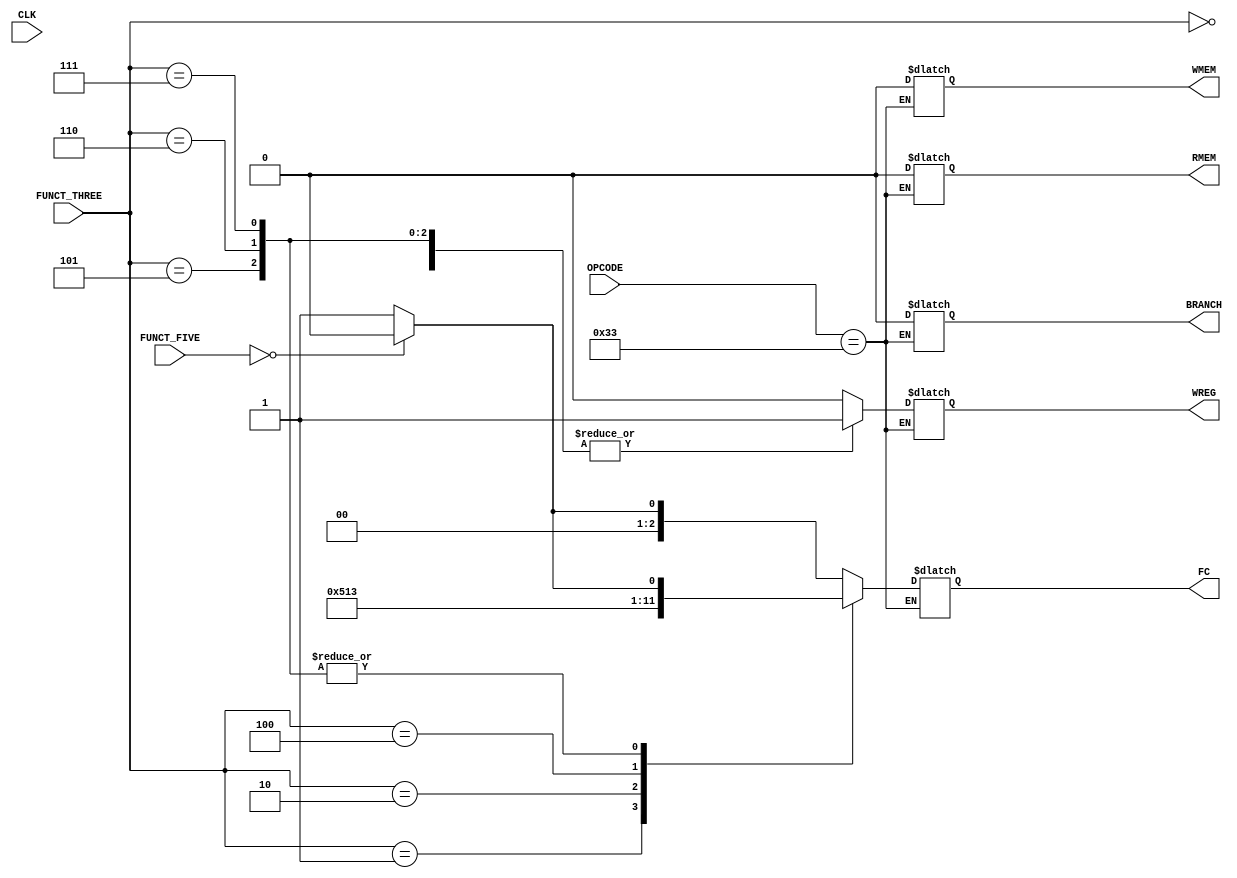
module decoder(CLK, OPCODE, FUNCT_FIVE, FUNCT_THREE, FC, WREG, WMEM, RMEM, BRANCH);
    input CLK;
    input [6:0] OPCODE;
    input [4:0] FUNCT_FIVE;
    input [2:0] FUNCT_THREE;

    output reg [2:0] FC;
    output reg WREG; // write to register
    output reg WMEM; // write to memory
    output reg RMEM; // read to memory
    output reg BRANCH; // 1 if branch, 0 if no branch

    always @ (*) begin
        case (OPCODE)
            7'b0110011: begin
                case (FUNCT_THREE)
                    3'b000: begin
                        FC = (FUNCT_FIVE == 5'b00000) ? 000 : 001;
                        WREG = 1'b1;
                        WMEM = 1'b0;
                        RMEM = 1'b0;
                        BRANCH = 1'b0;
                    end
                    3'b001: begin
                        FC = 101;
                        WREG = 1'b1;
                        WMEM = 1'b0;
                        RMEM = 1'b0;
                        BRANCH = 1'b0;
                    end
                    3'b010: begin
                        FC = 3'b000; // may need to add more signals for the SLT functionality
                        WREG = 1'b1;
                        WMEM = 1'b0;
                        RMEM = 1'b0;
                        BRANCH = 1'b0;
                    end
                    3'b100: begin
                        FC = 3'b100;
                        WREG = 1'b1;
                        WMEM = 1'b0;
                        RMEM = 1'b0;
                        BRANCH = 1'b0;
                    end
                    3'b101: begin
                        FC = (FUNCT_FIVE == 5'b00000) ? 3'b110 : 3'b111;
                        WREG = 1'b1;
                        WMEM = 1'b0;
                        RMEM = 1'b0;
                        BRANCH = 1'b0;
                    end
                    3'b110: begin
                        FC = (FUNCT_FIVE == 5'b00000) ? 3'b110 : 3'b111;
                        WREG = 1'b1;
                        WMEM = 1'b0;
                        RMEM = 1'b0;
                        BRANCH = 1'b0;
                    end
                    3'b111: begin
                        FC = (FUNCT_FIVE == 5'b00000) ? 3'b110 : 3'b111;
                        WREG = 1'b1;
                        WMEM = 1'b0;
                        RMEM = 1'b0;
                        BRANCH = 1'b0;
                    end
                    default: begin
                        FC = 3'bxxx;
                        WREG = 1'b0;
                        WMEM = 1'b0;
                        RMEM = 1'b0;
                        BRANCH = 1'b0;
                    end
                endcase
            end
        endcase
    end

endmodule